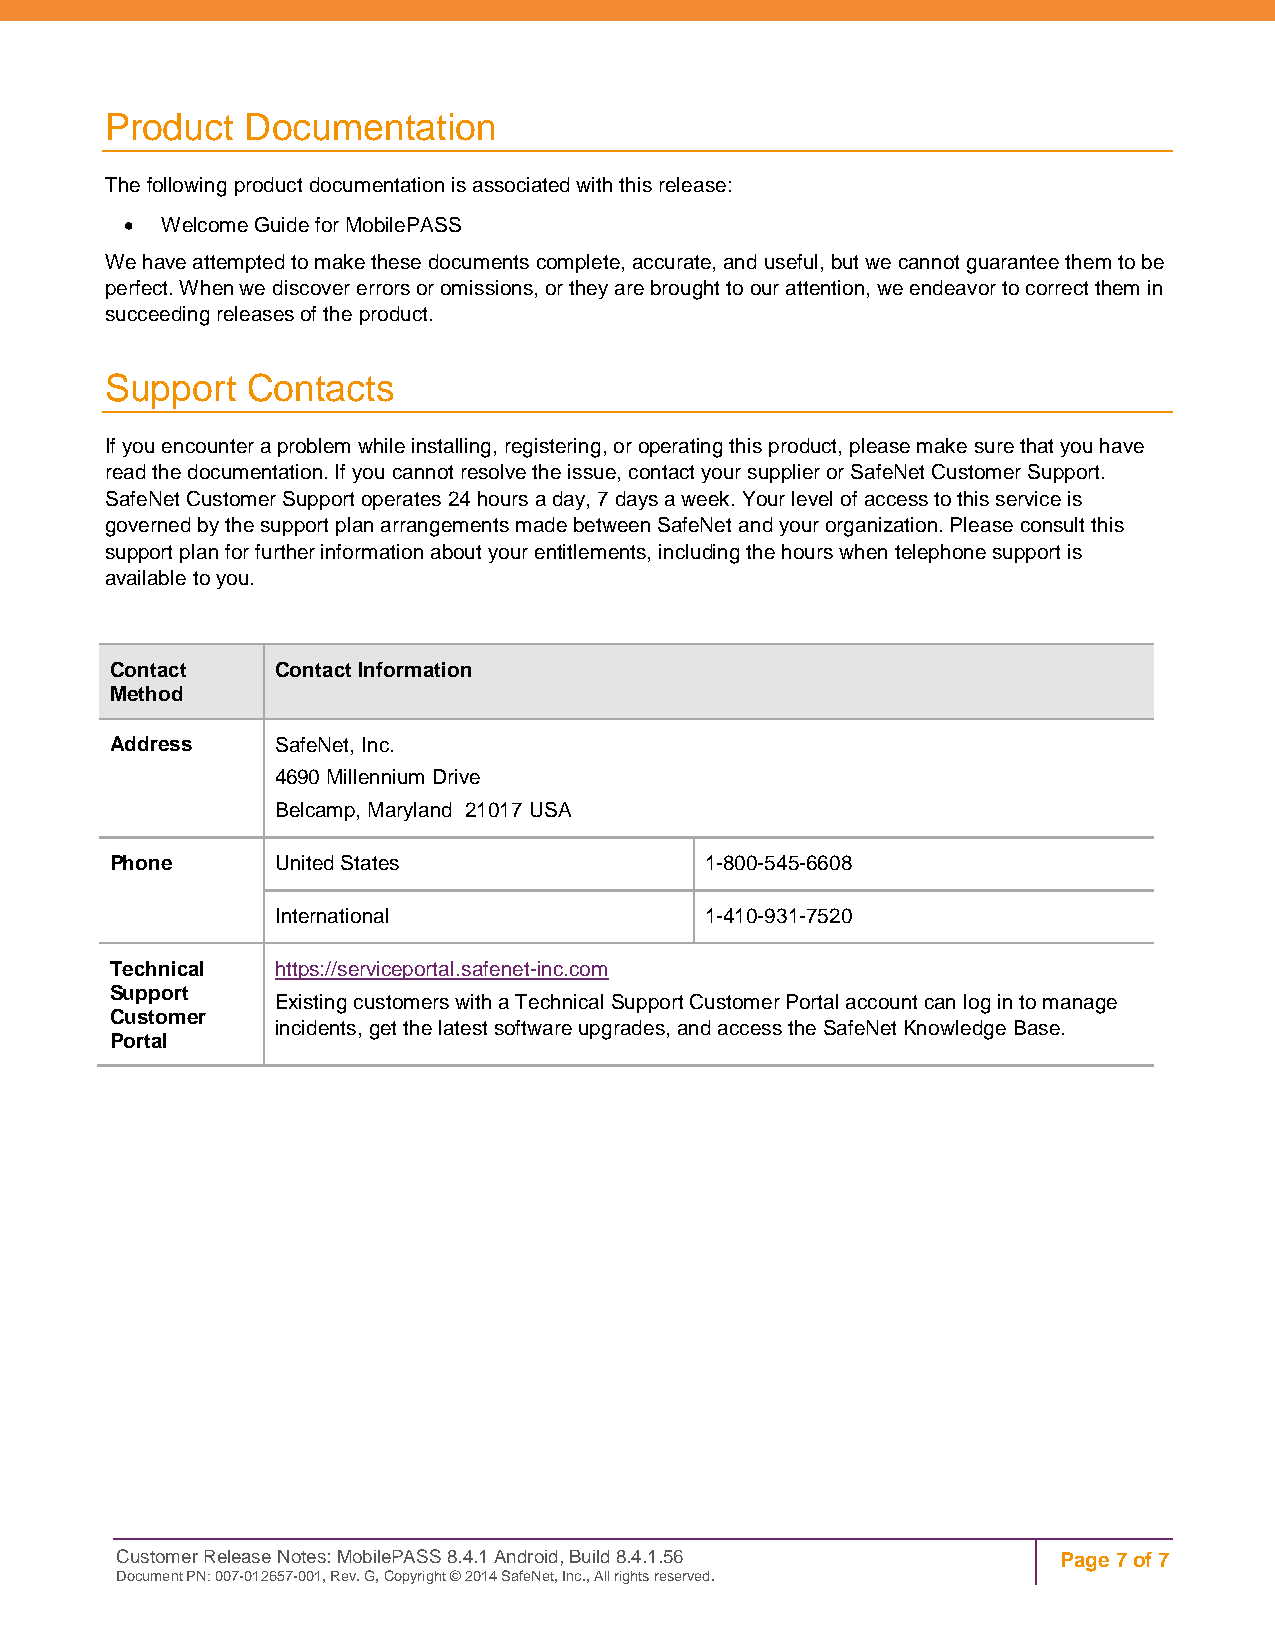
Product  Documentation
 The following product documentation is associated with this release:
 •  Welcome Guide for MobilePASS
 We have attempted to make these documents complete, accurate, and useful, but we cannot guarantee them to be
 perfect. When we discover errors or omissions, or they are brought to our attention, we endeavor to correct them in
 succeeding releases of the product.
 Support  Contacts
 If you encounter a problem while installing, registering, or operating this product, please make sure that you have
 read the documentation. If you cannot resolve the issue, contact your supplier or SafeNet Customer Support.
 SafeNet Customer Support operates 24 hours a day, 7 days a week. Your level of access to this service is
 governed by the support plan arrangements made between SafeNet and your organization. Please consult this
 support plan for further information about your entitlements, including the hours when telephone support is
 available to you.
 Contact    Contact Information
 Method
 Address    SafeNet, Inc.
 4690 Millennium Drive
 Belcamp, Maryland 21017 USA
 Phone      United States                1-800-545-6608
 International                1-410-931-7520
 Technical  https://serviceportal.safenet-inc.com
 Support
 Existing customers with a Technical Support Customer Portal account can log in to manage
 Customer
 incidents, get the latest software upgrades, and access the SafeNet Knowledge Base.
 Portal
 Customer Release Notes: MobilePASS 8.4.1 Android, Build 8.4.1.56 Page 7 of 7
 Document PN: 007-012657-001, Rev. G, Copyright © 2014 SafeNet, Inc., All rights reserved.